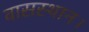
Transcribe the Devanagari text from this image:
वासस्थान।